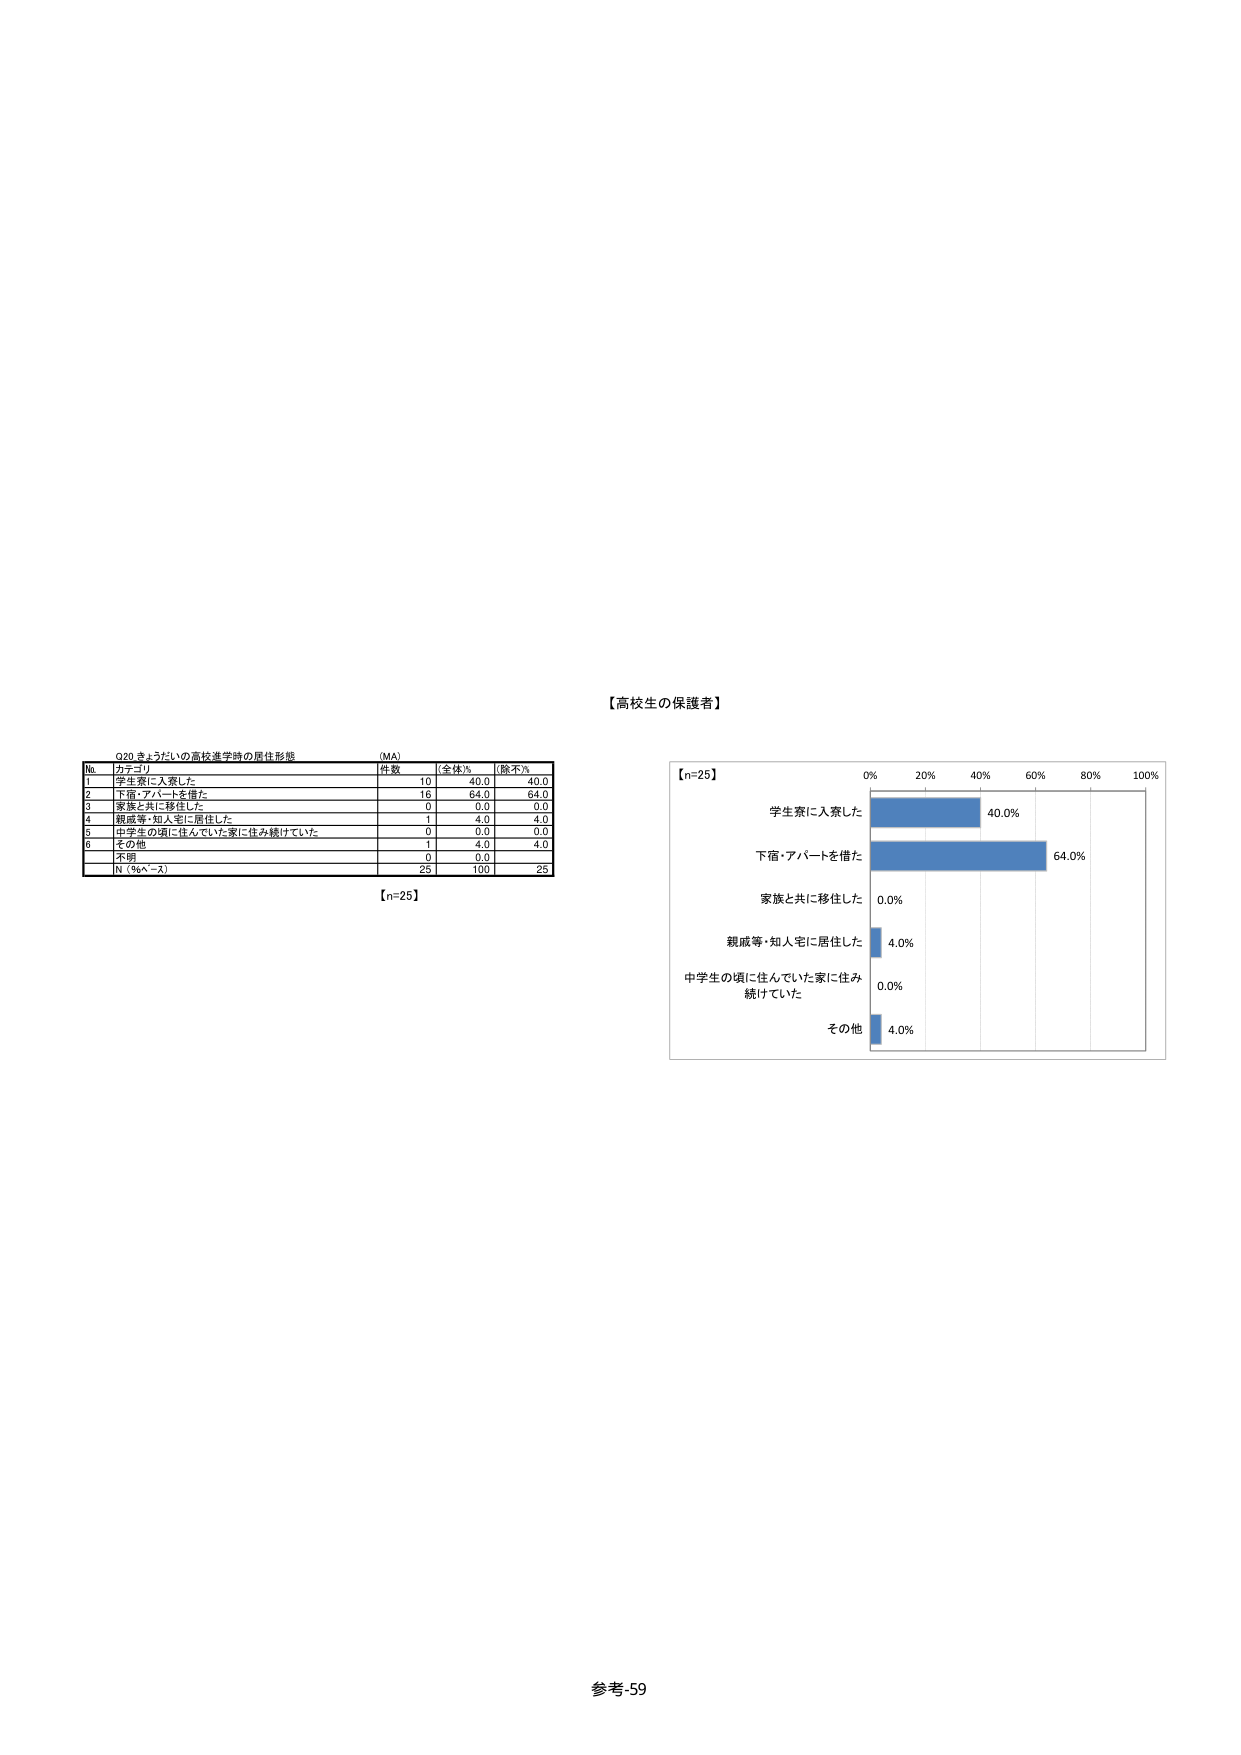
【高校生の保護者】

Q20 きょうだいの高校進学時の居住形態 （MA）

No. カテゴリ 件数 全体% 除不入
1 学生寮に入寮した 10 40.0 40.0
2 下宿・アパートを借た 16 64.0 64.0
3 家族と共に移住した 0 0.0 0.0
4 親戚等・知人宅に居住した 1 4.0 4.0
5 中学生の頃に住んでいた家に住み続けていた 0 0.0 0.0
6 その他 1 4.0 4.0
不問 0 0.0
N（%ベース） 25 100 25

【n=25】

【n=25】
0% 20% 40% 60% 80% 100%
学生寮に入寮した 40.0%
下宿・アパートを借た 64.0%
家族と共に移住した 0.0%
親戚等・知人宅に居住した 4.0%
中学生の頃に住んでいた家に住み
続けていた 0.0%
その他 4.0%

参考-59